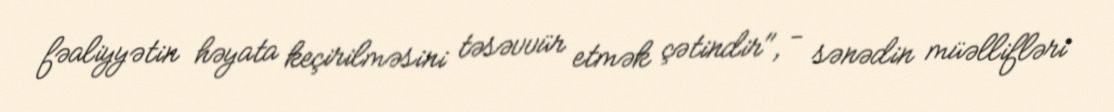
fəaliyyətin həyata keçirilməsini təsəvvür etmək çətindir", - sənədin müəllifləri